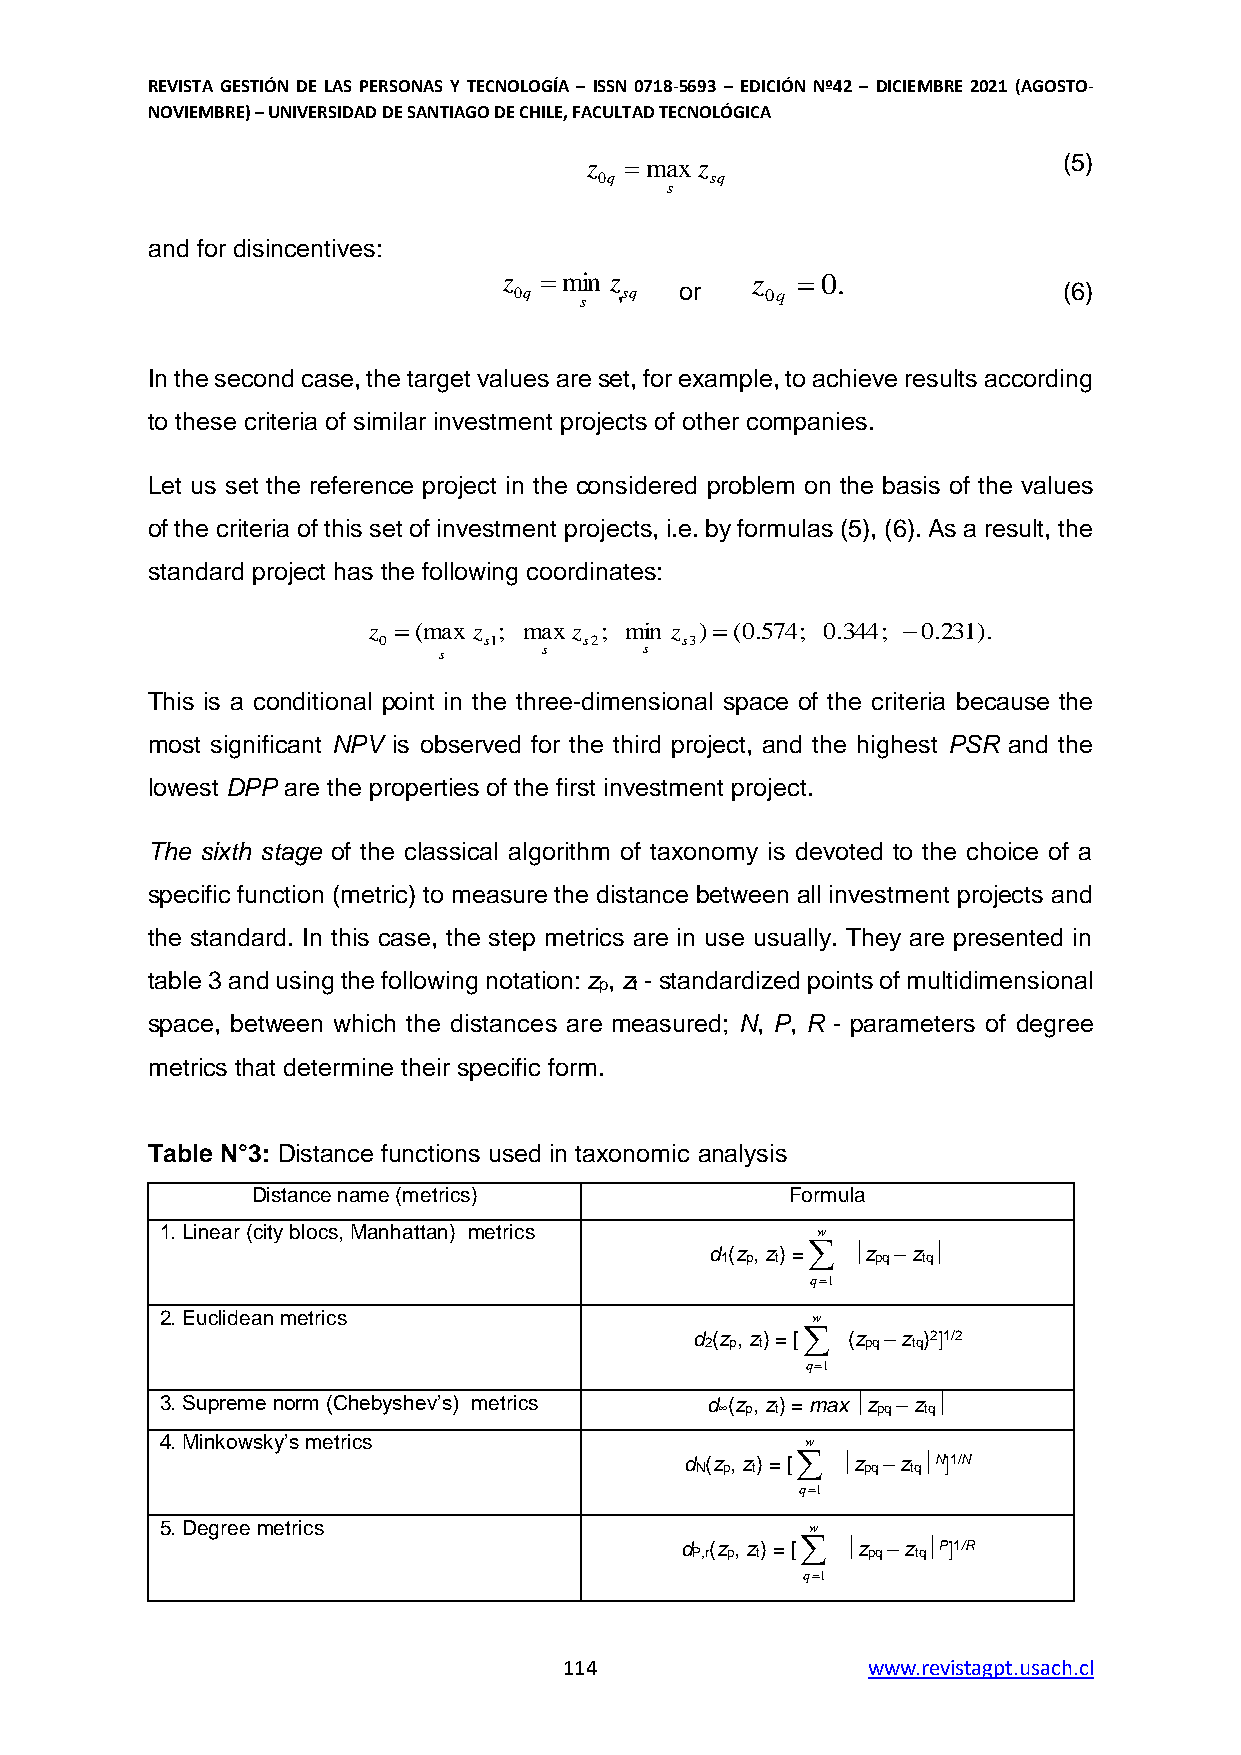
REVISTA GESTIÓN DE LAS PERSONAS Y TECNOLOGÍA – ISSN 0718-5693 – EDICIÓN Nº42 – DICIEMBRE 2021 (AGOSTO-
 NOVIEMBRE) – UNIVERSIDAD DE SANTIAGO DE CHILE, FACULTAD TECNOLÓGICA
 z max z                       (5)
 0q     sq
 s
 and for disincentives:
 z   0.
 ,   or                       (6) 0q
 In the second case, the target values are set, for example, to achieve results according
 to these criteria of similar investment projects of other companies.
 Let us set the reference project in the considered problem on the basis of the values
 of the criteria of this set of investment projects, i.e. by formulas (5), (6). As a result, the
 standard project has the following coordinates:
 This is a conditional point in the three-dimensional space of the criteria because the
 most significant NPV is observed for the third project, and the highest PSR and the
 lowest DPP are the properties of the first investment project.
 The sixth stage of the classical algorithm of taxonomy is devoted to the choice of a
 specific function (metric) to measure the distance between all investment projects and
 the standard. In this case, the step metrics are in use usually. They are presented in
 table 3 and using the following notation: z , z - standardized points of multidimensional
 p t
 space, between which the distances are measured; N, P, R - parameters of degree
 metrics that determine their specific form.
 Table N°3: Distance functions used in taxonomic analysis
 Distance name (metrics)            Formula
 1. Linear (city blocs, Manhattan) metrics  w
 
 d (z , z) = z – z 
 1 р t     pq tq
 q1
 2. Euclidean metrics                       w
 d (z , z) = [ (z – z )2]1/2
 2 р t     pq tq
 q1
 3. Supreme norm (Chebyshev’s) metrics d (z , z) = max z – z 
 ∞ р t     pq tq
 4. Minkowsky’s metrics                    w
 d (z , z) = [ z – z N]1/N
 N p t      pq tq
 q1
 5. Degree metrics                          w
 d (z , z) = [ z – z Р]1/R
 P,r p t    pq  tq
 q1
 114                 www.revistagpt.usach.cl
 z
 0
  ( m as x z
 s1
 z
 ;
 0 q
 m
 
 as x
 m
 z
 ins
 s 2
 ;
 z
 s q
 m ins z
 s 3
 )  ( 0 . 5 7 4 ; 0 . 3 4 4 ;  0 . 2 3 1 ) .